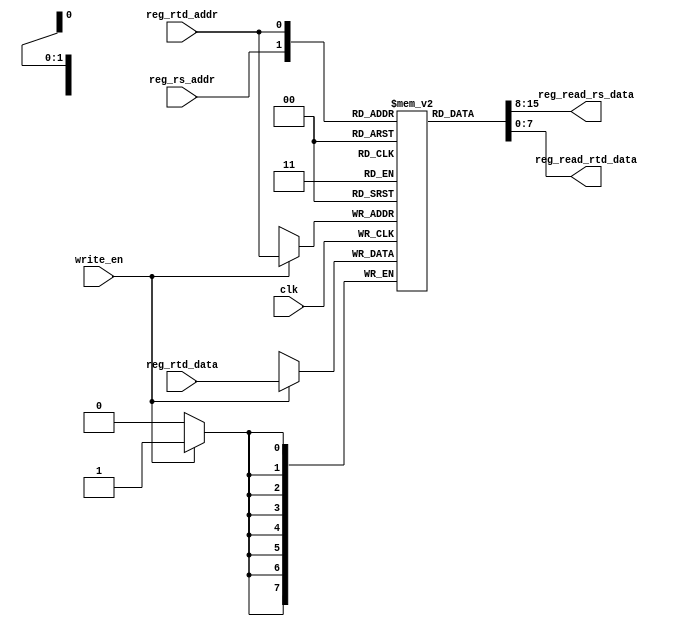
`timescale 1ns / 1ps
//////////////////////////////////////////////////////////////////////////////////
// Company: 
// Engineer: 
// 
// Design Name: 
// Module Name: Reg_file
// Project Name: 
// Target Devices: 
// Tool Versions: 
// Description: t
// 
// Dependencies: 
// 
// Revision:
// Revision 0.01 - File Created
// Additional Comments:
// 
//////////////////////////////////////////////////////////////////////////////////


module Reg_file( input clk,
                 input write_en,
                 input reg_rs_addr,
                 input reg_rtd_addr,
                 input [7:0]reg_rtd_data,
                 output [7:0]reg_read_rs_data,
                 output [7:0]reg_read_rtd_data
    );
    reg[7:0] reg_array[1:0];
    integer i;
    initial begin
    reg_array[0] = 8'b00000000;
    reg_array[1] = 8'b00000000;
    end
    
    always @(posedge clk)begin
    if(write_en == 1)
    begin
    reg_array[reg_rtd_addr] <= reg_rtd_data;
    end
    end
    
    assign reg_read_rs_data = reg_array[reg_rs_addr];
    assign reg_read_rtd_data = reg_array[reg_rtd_addr];

endmodule